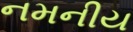
નમનીય